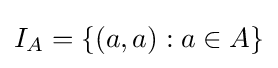
I_{A}=\{(a,a):a\in A\}